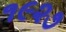
૧૯૨૭